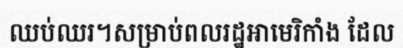
ឈប់ឈរ។សម្រាប់ពលរដ្ឋអាមេរិកាំង ដែល